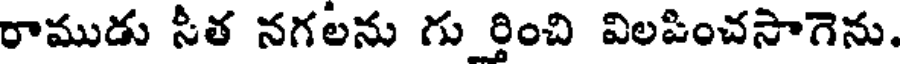
రాముడు సీత నగలను గు ర్తించి విలపించసాగెను.